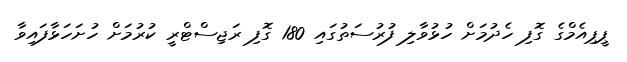
ޕީޕިއެމްގެ ގޮފި ހެދުމަށް ހުޅުވާލި ފުރުސަތުގައި 180 ގޮފި ރަޖިސްޓްރީ ކުރުމަށް ހުށަހަޅާފައިވާ